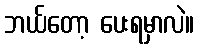
ဘယ်တော့ ပေးရမှာလဲ။